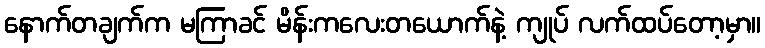
နောက်တချက်က မကြာခင် မိန်းကလေးတယောက်နဲ့ ကျုပ် လက်ထပ်တော့မှာ။